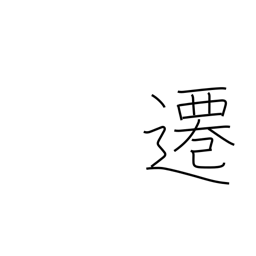
Meaning: move